Document type: Dowry
Year: 1238
Scribe: Berenguer Jaume
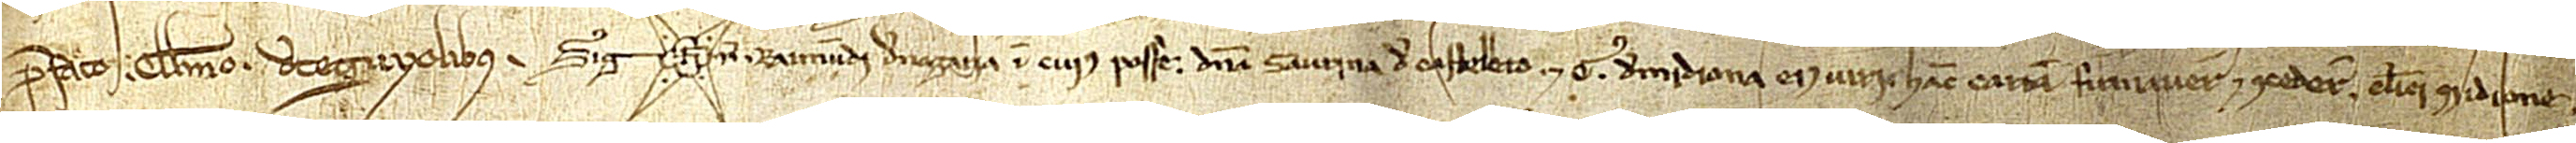
prefato Guillelmo de Ceguyolibus. Sig(signe)num Raimundi de Nogaria, in cuius posse domina Saurina de Castelleto et Guillelmi de Midiona, eius viri, hanc cartam firmaverunt et concederunt, clerici Midione.